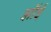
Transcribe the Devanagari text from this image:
झॉई